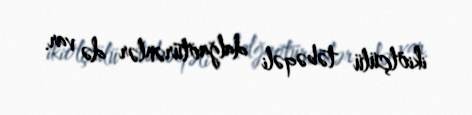
ikiölçülü təbəqəli dalğaötürənlər də var.